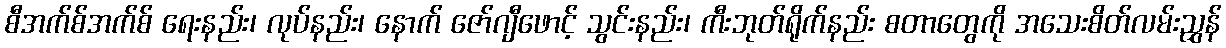
စီအက်စ်အက်စ် ရေးနည်း၊ လုပ်နည်း၊ နောက် ဇော်ဂျီဖောင့် သွင်းနည်း၊ ကီးဘုတ်ရိုက်နည်း စတာတွေကို အသေးစိတ်လမ်းညွှန်